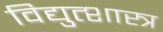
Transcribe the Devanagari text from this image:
विद्युत्शास्त्र